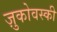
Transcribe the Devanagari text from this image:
ज़ुकोवस्की